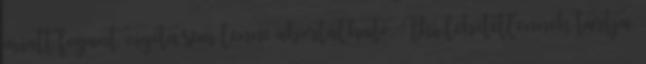
miatt fogant zigóta sem lenne abortálható. Aki lehetetlennek tartja,